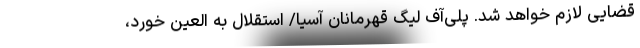
قضایی لازم خواهد شد. پلی‌آف لیگ قهرمانان آسیا/ استقلال به العین خورد،